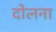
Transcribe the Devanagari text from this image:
दोलना